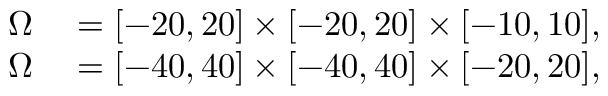
\begin{array} { r l } { \Omega } & { { } = [ - 2 0 , 2 0 ] \times [ - 2 0 , 2 0 ] \times [ - 1 0 , 1 0 ] , } \\ { \Omega } & { { } = [ - 4 0 , 4 0 ] \times [ - 4 0 , 4 0 ] \times [ - 2 0 , 2 0 ] , } \end{array}